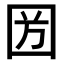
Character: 𡇏